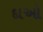
દાઓ